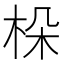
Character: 𣑫